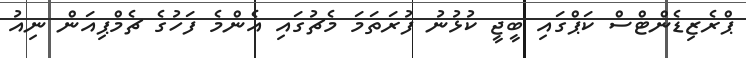
ޕްރެޒިޑެންޓްސް ކަޕްގައި ބީޖީ ކުޅުނު ފުރަތަމަ މެޗުގައި އެންމެ ފަހުގެ ޗެމްޕިއަން ނިއު